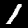
Digit: 1